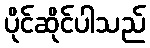
ပိုင်ဆိုင်ပါသည်